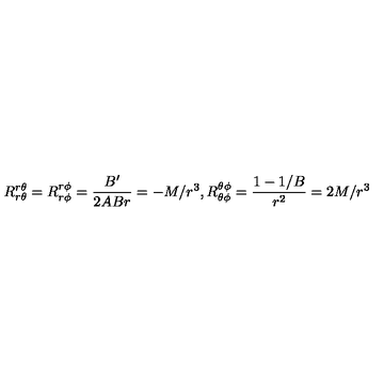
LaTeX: R _ { r \theta } ^ { r \theta } = R _ { r \phi } ^ { r \phi } = \frac { B ^ { \prime } } { 2 A B r } = - M / r ^ { 3 } , R _ { \theta \phi } ^ { \theta \phi } = \frac { 1 - 1 / B } { r ^ { 2 } } = 2 M / r ^ { 3 }